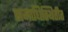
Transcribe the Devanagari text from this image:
समाधिस्थितीत